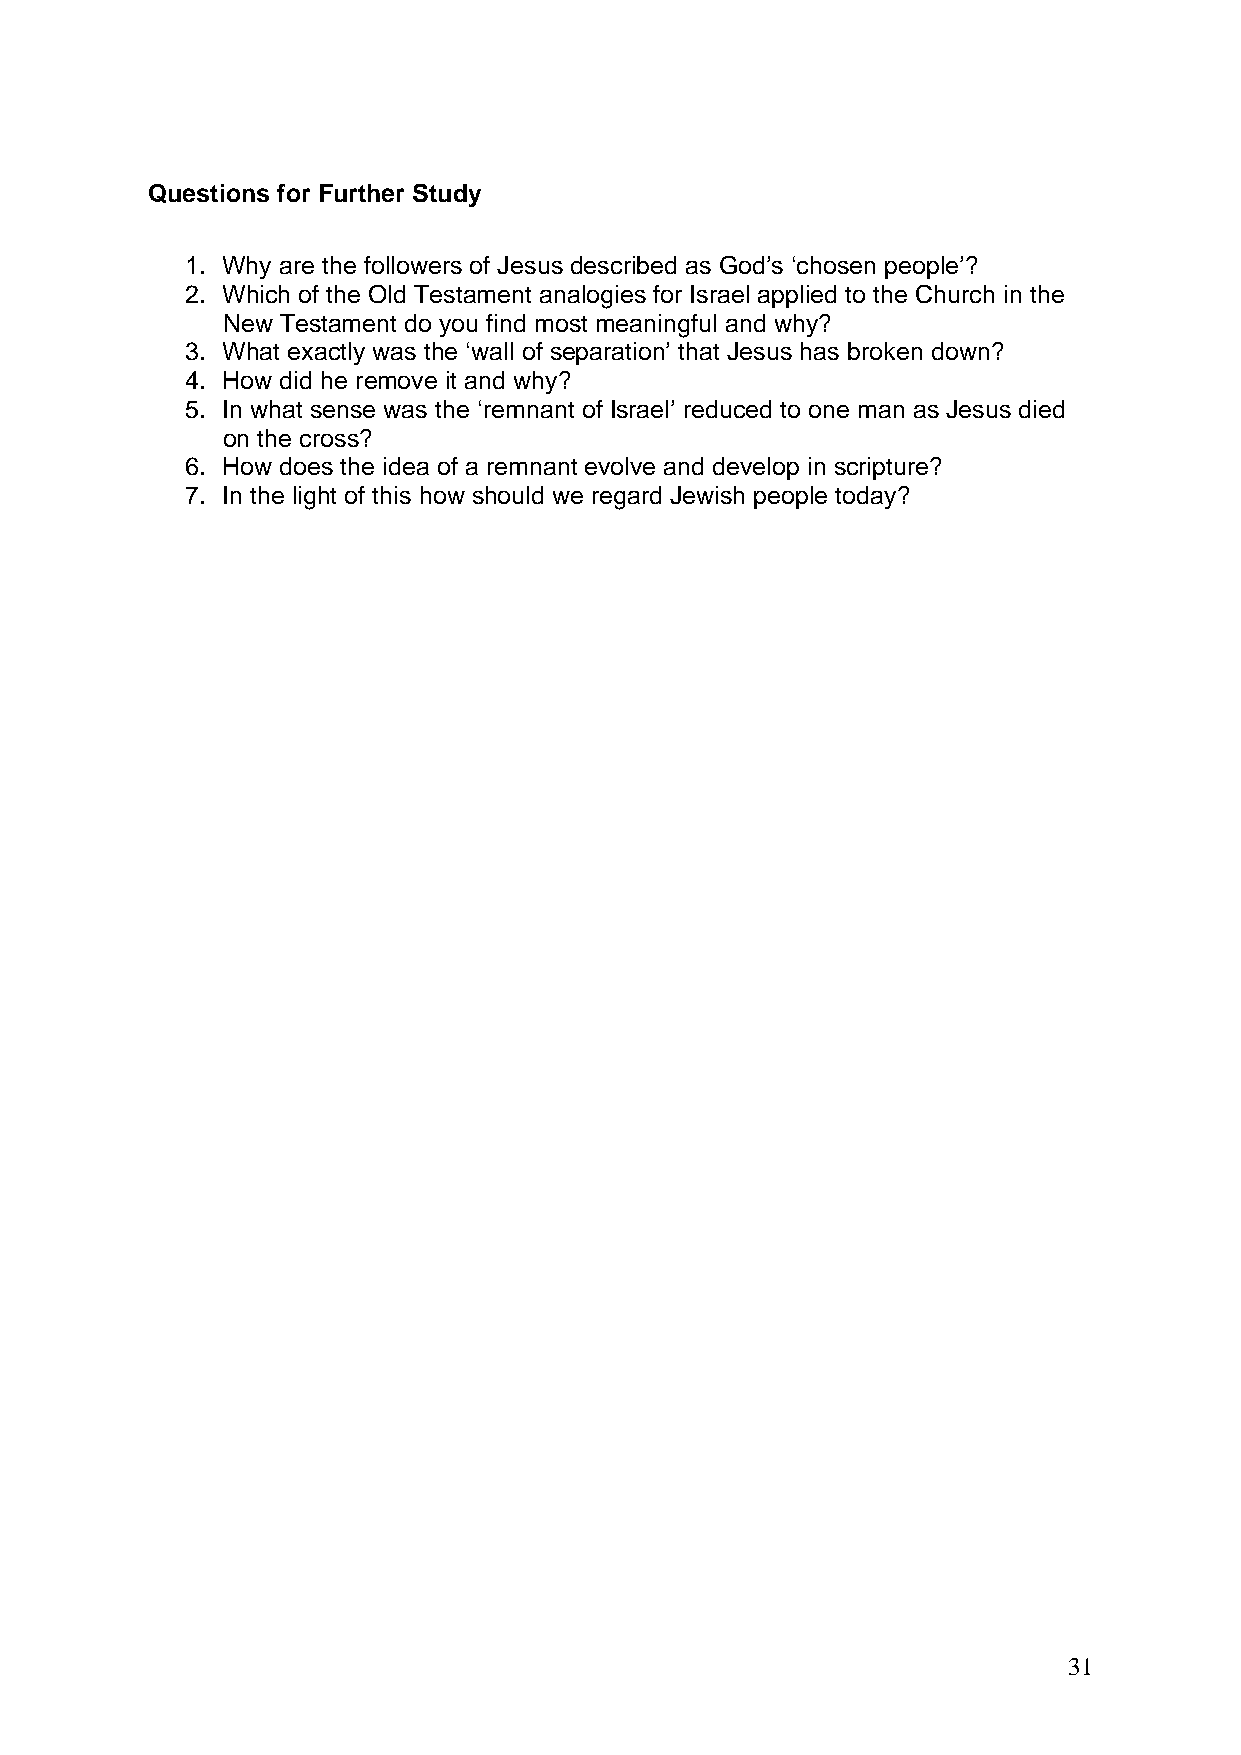
Questions for Further Study
 1. Why are the followers of Jesus described as God’s ‘chosen people’?
 2. Which of the Old Testament analogies for Israel applied to the Church in the
 New Testament do you find most meaningful and why?
 3. What exactly was the ‘wall of separation’ that Jesus has broken down?
 4. How did he remove it and why?
 5. In what sense was the ‘remnant of Israel’ reduced to one man as Jesus died
 on the cross?
 6. How does the idea of a remnant evolve and develop in scripture?
 7. In the light of this how should we regard Jewish people today?
 31